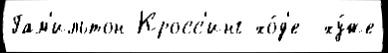
Гам'ильтон-Кросс'инг хо́д'е  ху́же